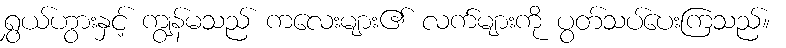
ရွှယ်ဟွားနှင့် ကျွန်မသည် ကလေးများ၏ လက်များကို ပွတ်သပ်ပေးကြသည်။